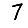
Digit: 7